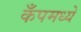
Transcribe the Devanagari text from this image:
कँपमध्ये